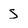
Character: S